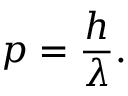
p = { \frac { h } { \lambda } } .